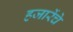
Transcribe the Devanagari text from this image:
हजारेंचे